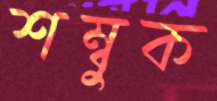
শম্বুক